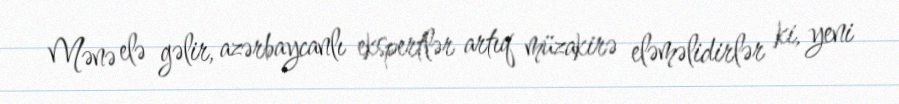
Mənə elə gəlir, azərbaycanlı ekspertlər artıq müzakirə eləməlidirlər ki, yeni